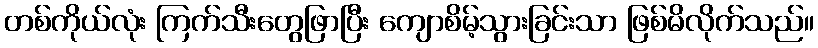
တစ်ကိုယ်လုံး ကြက်သီးတွေဖြာပြီး ကျောစိမ့်သွားခြင်းသာ ဖြစ်မိလိုက်သည်။